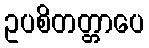
ဥပစိတတ္တာပေ